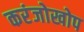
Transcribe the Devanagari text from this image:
करंजोखोप